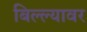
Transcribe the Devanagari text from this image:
बिल्ल्यावर